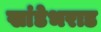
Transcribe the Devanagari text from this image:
खांडेभराड